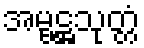
အမ္ဗဋ္ဌသုတ္တံ